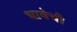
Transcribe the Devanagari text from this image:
धावेची